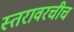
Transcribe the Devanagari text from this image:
स्तरावरचीच